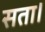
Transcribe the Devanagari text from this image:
सता।